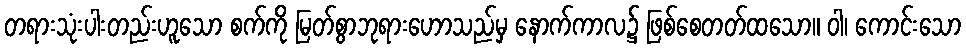
တရားသုံးပါးတည်းဟူသော စက်ကို မြတ်စွာဘုရားဟောသည်မှ နောက်ကာလ၌ ဖြစ်စေတတ်ထသော။ ဝါ၊ ကောင်းသော